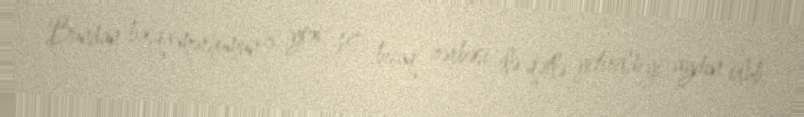
Bundan başqa mərhumun 8 yox, 10 bıçaq zərbəsi ilə qətlə yetirildiyi aydın olub.